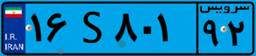
۳۱S۷۳۴۴۱